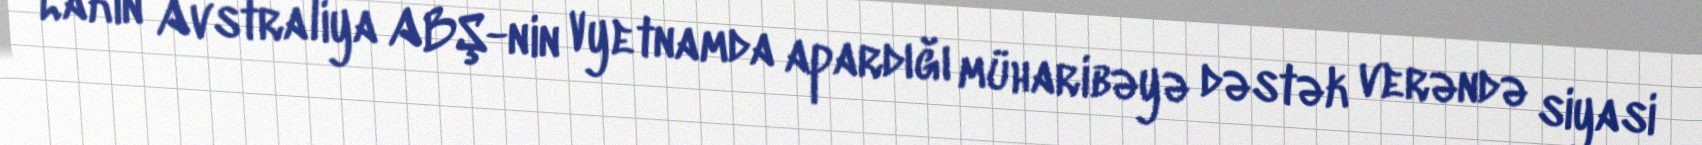
Lakin Avstraliya ABŞ-nin Vyetnamda apardığı müharibəyə dəstək verəndə siyasi